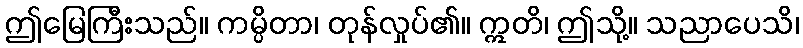
ဤမြေကြီးသည်။ ကမ္ပိတာ၊ တုန်လှုပ်၏။ ဣတိ၊ ဤသို့။ သညာပေသိ၊